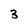
Character: 3